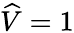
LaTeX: \widehat V=1